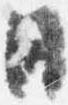
日